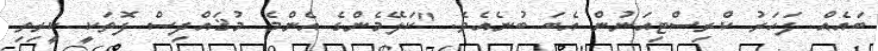
ބައެއް ފަހަރު ކްރިސްޓިއަނުން އެބަ ބުނެއެވެ. "ކަލޭމެންގެ އެންމެ މުޤައްދިސް ފޮތަކީ ކީރިތި